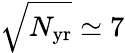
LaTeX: \sqrt{N_{\mathrm{yr}}}\simeq 7